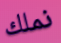
نملك